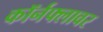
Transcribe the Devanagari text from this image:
कॉर्नफ्लावर